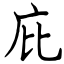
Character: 庇